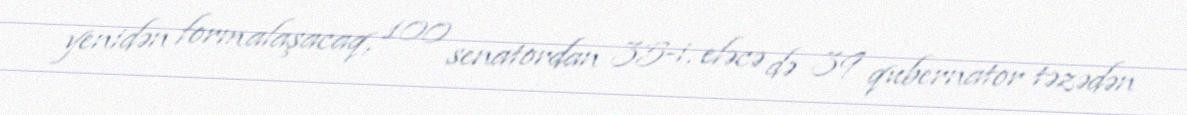
yenidən formalaşacaq, 100 senatordan 35-i, eləcə də 39 qubernator təzədən